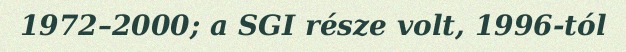
1972–2000; a SGI része volt, 1996-tól